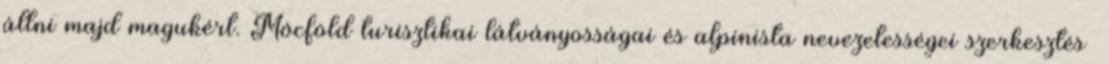
állni majd magukért. Mócföld turisztikai látványosságai és alpinista nevezetességei szerkesztés